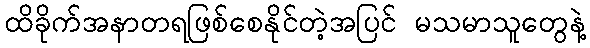
ထိခိုက်အနာတရဖြစ်စေနိုင်တဲ့အပြင် မသမာသူတွေနဲ့